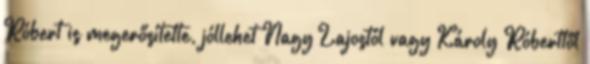
Róbert is megerősítette, jóllehet Nagy Lajostól vagy Károly Róberttől